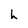
Character: h